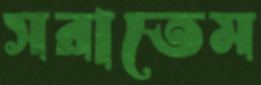
সরাতেম